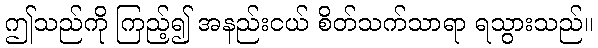
ဤသည်ကို ကြည့်၍ အနည်းငယ် စိတ်သက်သာရာ ရသွားသည်။